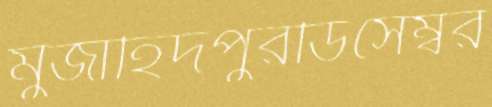
মুজাহিদপুরডিসেম্বর